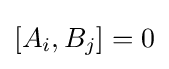
[A_{i},B_{j}]=0